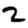
Digit: 2